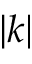
| k |